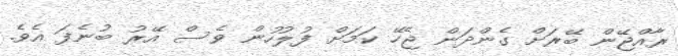
ރާއްޖޭން ބޭރަށް ގެންދަން ޖެހޭ ކަމަށް ފުލުހުން ވެސް އޭރު ބުނެފަ އެވެ.